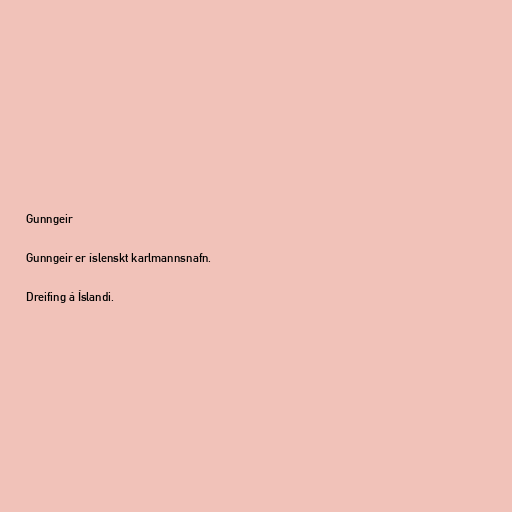
Gunngeir

Gunngeir er íslenskt karlmannsnafn.

Dreifing á Íslandi.